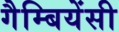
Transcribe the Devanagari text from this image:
गैम्बियेंसी